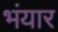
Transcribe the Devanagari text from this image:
भंयार